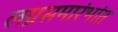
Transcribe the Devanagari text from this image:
लग्नसमारंभांत